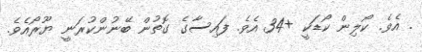
. އެވެ. ކޯލިން ކޯޑަކީ +34 އެވެ. ފައިސާގެ ގޮތުން ބޭނުންކުރަނީ ޔޫރޯއެވެ.